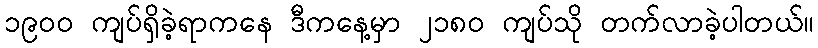
၁၉၀၀ ကျပ်ရှိခဲ့ရာကနေ ဒီကနေ့မှာ ၂၁၈၀ ကျပ်သို တက်လာခဲ့ပါတယ်။